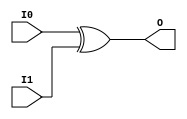
module X_XOR2 (O, I0, I1);

  parameter LOC = "UNPLACED";
  output O;
  input I0, I1;

  xor (O, I0, I1);

  specify

	(I0 => O) = (0:0:0, 0:0:0);
	(I1 => O) = (0:0:0, 0:0:0);

	specparam PATHPULSE$ = 0;

  endspecify

endmodule